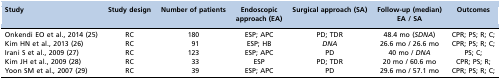
<table><thead><tr><td><b>Study</b></td><td><b>Study design</b></td><td><b>Number of patients</b></td><td><b>Endoscopic approach (EA)</b></td><td><b>Surgical approach (SA)</b></td><td><b>Follow-up (median) EA / SA</b></td><td><b>Outcomes</b></td></tr></thead><tbody><tr><td>Onkendi EO et al., 2014 (25)</td><td>RC</td><td>180</td><td>ESP; APC</td><td>PD; TDR</td><td>48.4 mo (<i>SDNA</i>)</td><td>CPR; PS; R; C;</td></tr><tr><td>Kim HN et al., 2013 (26)</td><td>RC</td><td>91</td><td>ESP; HB</td><td><i>DNA</i></td><td>26.6 mo / 26.6 mo</td><td>CPR; PS; R; C;</td></tr><tr><td>Irani S et al., 2009 (27)</td><td>RC</td><td>123</td><td>ESP; APC</td><td>PD</td><td>40 mo / <i>DNA</i></td><td>PS; C;</td></tr><tr><td>Kim JH et al., 2009 (28)</td><td>RC</td><td>33</td><td>ESP</td><td>PD; TDR</td><td>20 mo / 60.6 mo</td><td>CPR; PS; R;</td></tr><tr><td>Yoon SM et al., 2007 (29)</td><td>RC</td><td>39</td><td>ESP; APC</td><td>PD</td><td>29.6 mo / 57.1 mo</td><td>CPR; PS; R; C;</td></tr></tbody></table>